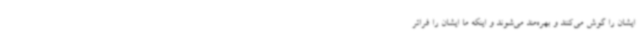
ایشان را گوش می‌کنند و بهره‌مند می‌شوند و اینکه ما ایشان را فراتر